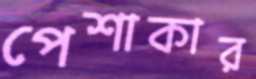
পেশাকার